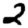
Digit: 2